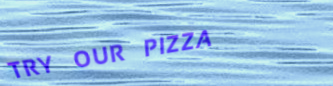
TRY OUR PIZZA